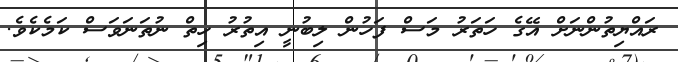
ރައްޔިތުންނަށް އޭގެ ހަތަރު މަސް ފަހުން ލިބުނީ އިތުރު ހިތް ނުތަނަވަސް ކަމެކެވެ.